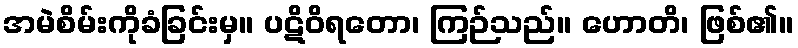
အမဲစိမ်းကိုခံခြင်းမှ။ ပဋိဝိရတော၊ ကြဉ်သည်။ ဟောတိ၊ ဖြစ်၏။